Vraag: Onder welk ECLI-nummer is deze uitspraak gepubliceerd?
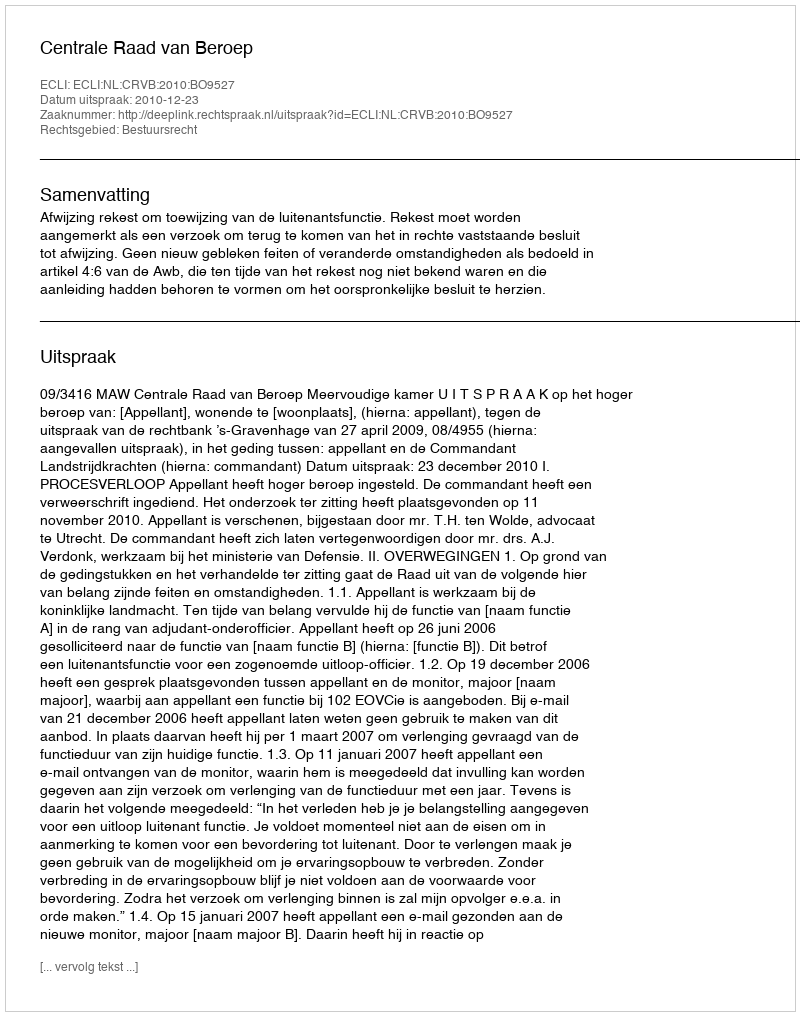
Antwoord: ECLI:NL:CRVB:2010:BO9527